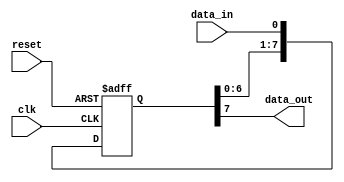
module shift_register (
    input wire clk,
    input wire reset,
    input wire data_in,
    output reg data_out
);

reg [7:0] shift_reg;

always @(posedge clk or posedge reset) begin
    if (reset) begin
        shift_reg <= 8'b0;
    end else begin
        shift_reg <= {shift_reg[6:0], data_in};
    end
end

assign data_out = shift_reg[7];

endmodule